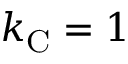
k _ { \mathrm { { C } } } = 1